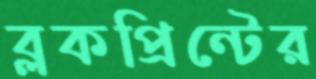
ব্লকপ্রিন্টের